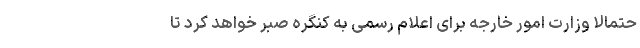
حتمالا وزارت امور خارجه برای اعلام رسمی به کنگره صبر خواهد کرد تا